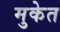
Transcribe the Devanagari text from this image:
मुकेत